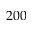
2 0 0